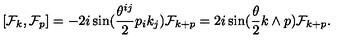
[ { \cal F } _ { k } , { \cal F } _ { p } ] = - 2 i \sin ( \frac { \theta ^ { i j } } { 2 } p _ { i } k _ { j } ) { \cal F } _ { k + p } = 2 i \sin ( \frac { \theta } { 2 } k \wedge p ) { \cal F } _ { k + p } .